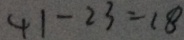
4 1 - 2 3 = 1 8